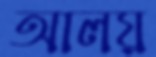
আলয়